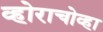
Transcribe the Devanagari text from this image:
व्होराचोव्हा